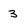
Character: 3